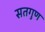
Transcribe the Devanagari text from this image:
सतगुण